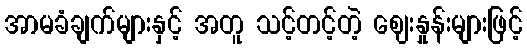
အာမခံချက်များနှင့် အတူ သင့်တင့်တဲ့ ဈေးနှုန်းများဖြင့်